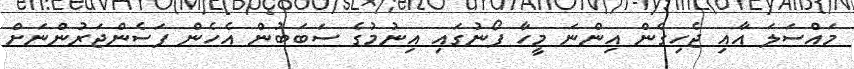
މައްސަލަ އާއި ޖެހިގެން އިންނަ މީހާ ފޯނުގައި އިނުމުގެ ސަބަބުން އެހެން ފަސެންޖަރުންނަށް